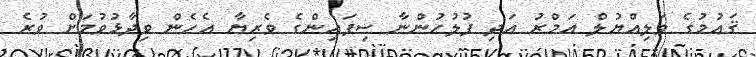
ޤައުމުގެ ވަލިއްޔުލް އަމްރު އަދި ފުލުހުންނާ ސިފައިންގެ ވެރިޔާ އެހެން ވިދާޅުވުމަށް ވުރެ